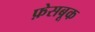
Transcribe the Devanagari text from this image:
फ़ेसबूक